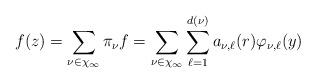
LaTeX: \begin{align*}f(z)=\sum_{\nu\in\chi_\infty}\pi_{\nu}f=\sum_{\nu\in\chi_\infty}\sum_{\ell=1}^{d(\nu)}a_{\nu,\ell}(r)\varphi_{\nu,\ell}(y)\end{align*}